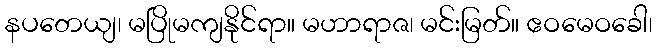
နပတေယျ၊ မပြိုမကျနိုင်ရာ။ မဟာရာဇ၊ မင်းမြတ်။ ဧဝမေဝခေါ၊